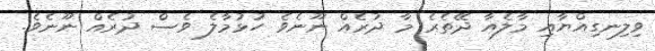
ވިލިނގިއްޔާއި މާލެއާ ދޭތެރެ މާ ދުރެއް ނޫނެވެ ހުޅުމާލެ ވެސް ދުރެއް ނޫނެވެ.